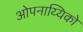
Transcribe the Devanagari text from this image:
ओपनाय्यिको